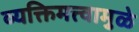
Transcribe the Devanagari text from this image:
व्यक्तिमत्त्वामुळे